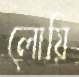
লোয়ি